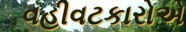
વહીવટકારોએ